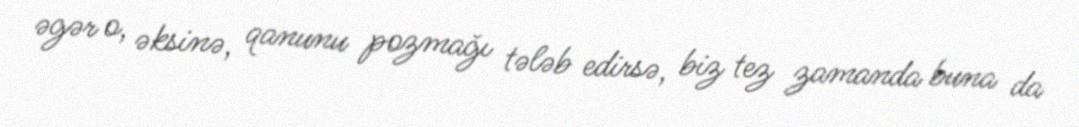
əgər o, əksinə, qanunu pozmağı tələb edirsə, biz tez zamanda buna da